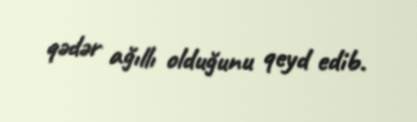
qədər ağıllı olduğunu qeyd edib.